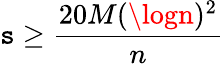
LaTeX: \mathtt{s}\geq\frac{{20M(\logn)^{2}}}{{n}}